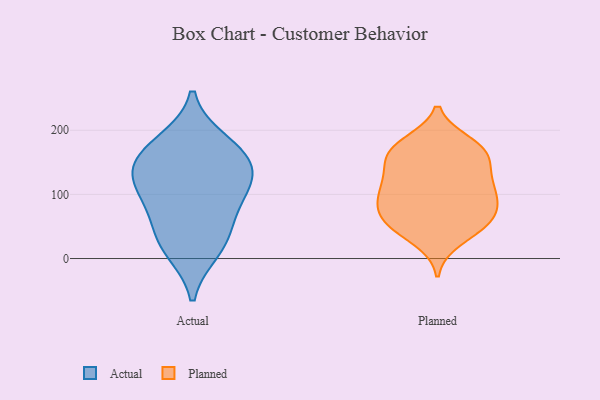
{"axis": {"x": "Humidity (%)", "y": "Value"}, "legend": ["Actual", "Planned"], "data": [{"x": "", "y": 55, "type": "Actual"}, {"x": "", "y": 99, "type": "Actual"}, {"x": "", "y": 142, "type": "Actual"}, {"x": "", "y": 96, "type": "Actual"}, {"x": "", "y": 13, "type": "Actual"}, {"x": "", "y": 146, "type": "Actual"}, {"x": "", "y": 26, "type": "Actual"}, {"x": "", "y": 127, "type": "Actual"}, {"x": "", "y": 169, "type": "Actual"}, {"x": "", "y": 182, "type": "Actual"}, {"x": "", "y": 135, "type": "Planned"}, {"x": "", "y": 60, "type": "Planned"}, {"x": "", "y": 81, "type": "Planned"}, {"x": "", "y": 110, "type": "Planned"}, {"x": "", "y": 84, "type": "Planned"}, {"x": "", "y": 163, "type": "Planned"}, {"x": "", "y": 180, "type": "Planned"}, {"x": "", "y": 81, "type": "Planned"}, {"x": "", "y": 52, "type": "Planned"}, {"x": "", "y": 176, "type": "Planned"}, {"x": "", "y": 29, "type": "Planned"}, {"x": "", "y": 117, "type": "Planned"}, {"x": "", "y": 147, "type": "Planned"}, {"x": "", "y": 113, "type": "Planned"}, {"x": "", "y": 52, "type": "Planned"}, {"x": "", "y": 165, "type": "Planned"}, {"x": "", "y": 53, "type": "Planned"}, {"x": "", "y": 169, "type": "Planned"}, {"x": "", "y": 100, "type": "Planned"}]}